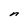
Character: n